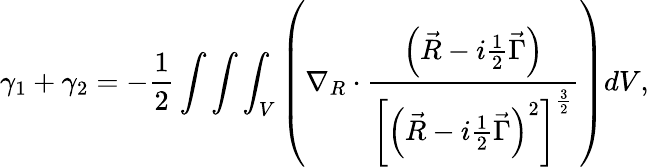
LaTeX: \gamma_{1}+\gamma_{2}=-\frac 12\int\int\int_{V}\left(\nabla_{R}\cdot\frac{\left(\vec{R}-i\frac 12\vec{\Gamma}\right)}{\left[\left(\vec{R}-i\frac 12\vec{\Gamma}\right)^{2}\right]^{\frac 32}}\right)dV,